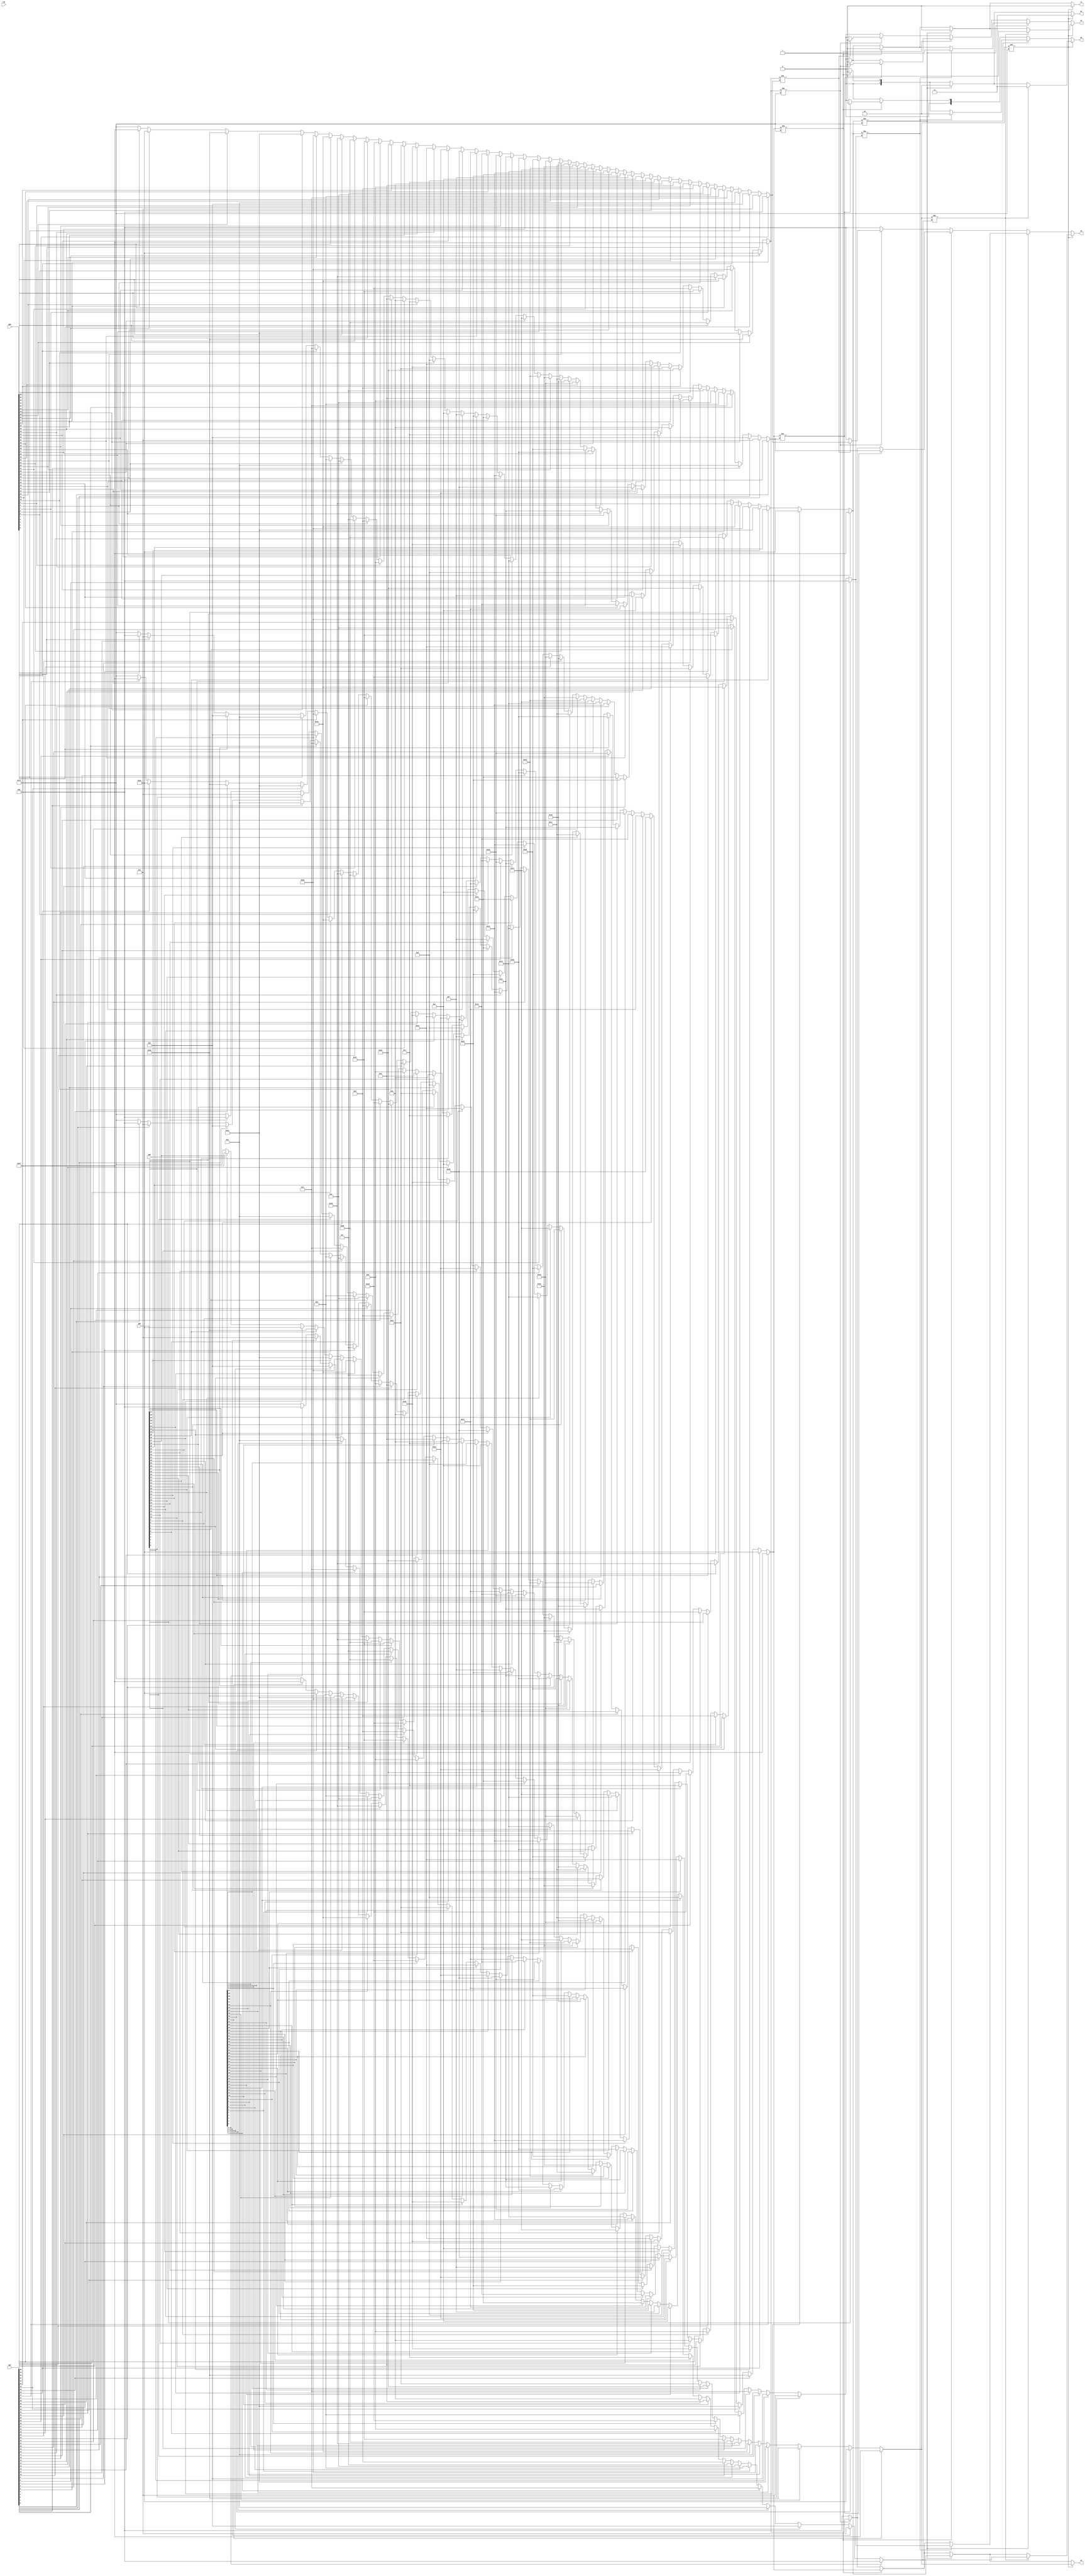
// This  Verilog HDL  source  file was  automatically generated
// by C++ model based on VPP library. Modification of this file
// is possible, but if you want to keep it in sync with the C++
// model,  please  modify  the model and re-generate this file.
// VPP library web-page: http://www.phys.ufl.edu/~madorsky/vpp/

// Timestamp : Tue Apr 19 16:45:22 2022

module collider
(
    qp0,
    qp1,
    qp2,
    qp3,
    w1,
    w2,
    q1,
    q2,
    v1,
    v2,
    clk
);

    input [47:0] qp0;
    input [47:0] qp1;
    input [47:0] qp2;
    input [47:0] qp3;
    output [6:0] w1;
    reg    [6:0] w1;
    output [6:0] w2;
    reg    [6:0] w2;
    output [1:0] q1;
    reg    [1:0] q1;
    output [1:0] q2;
    reg    [1:0] q2;
    output v1;
    reg    v1;
    output v2;
    reg    v2;
    input clk;

    reg [6:0] n3_1;
    reg [6:0] n3_2;
    reg [6:0] n2_1;
    reg [6:0] n2_2;
    reg [6:0] n1_1;
    reg [6:0] n1_2;
    reg [6:0] n0_1;
    reg [6:0] n0_2;
    always @(qp0 or qp1 or qp2 or qp3) 
    begin
        n3_1 = 7'h7f;
        n2_1 = 7'h7f;
        n1_1 = 7'h7f;
        n0_1 = 7'h7f;
        if (qp3[0]) n3_1 = 0;
        if (qp2[0]) n2_1 = 0;
        if (qp1[0]) n1_1 = 0;
        if (qp0[0]) n0_1 = 0;
        if (qp3[1]) n3_1 = 1;
        if (qp2[1]) n2_1 = 1;
        if (qp1[1]) n1_1 = 1;
        if (qp0[1]) n0_1 = 1;
        if (qp3[2]) n3_1 = 2;
        if (qp2[2]) n2_1 = 2;
        if (qp1[2]) n1_1 = 2;
        if (qp0[2]) n0_1 = 2;
        if (qp3[3]) n3_1 = 3;
        if (qp2[3]) n2_1 = 3;
        if (qp1[3]) n1_1 = 3;
        if (qp0[3]) n0_1 = 3;
        if (qp3[4]) n3_1 = 4;
        if (qp2[4]) n2_1 = 4;
        if (qp1[4]) n1_1 = 4;
        if (qp0[4]) n0_1 = 4;
        if (qp3[5]) n3_1 = 5;
        if (qp2[5]) n2_1 = 5;
        if (qp1[5]) n1_1 = 5;
        if (qp0[5]) n0_1 = 5;
        if (qp3[6]) n3_1 = 6;
        if (qp2[6]) n2_1 = 6;
        if (qp1[6]) n1_1 = 6;
        if (qp0[6]) n0_1 = 6;
        if (qp3[7]) n3_1 = 7;
        if (qp2[7]) n2_1 = 7;
        if (qp1[7]) n1_1 = 7;
        if (qp0[7]) n0_1 = 7;
        if (qp3[8]) n3_1 = 8;
        if (qp2[8]) n2_1 = 8;
        if (qp1[8]) n1_1 = 8;
        if (qp0[8]) n0_1 = 8;
        if (qp3[9]) n3_1 = 9;
        if (qp2[9]) n2_1 = 9;
        if (qp1[9]) n1_1 = 9;
        if (qp0[9]) n0_1 = 9;
        if (qp3[10]) n3_1 = 10;
        if (qp2[10]) n2_1 = 10;
        if (qp1[10]) n1_1 = 10;
        if (qp0[10]) n0_1 = 10;
        if (qp3[11]) n3_1 = 11;
        if (qp2[11]) n2_1 = 11;
        if (qp1[11]) n1_1 = 11;
        if (qp0[11]) n0_1 = 11;
        if (qp3[12]) n3_1 = 12;
        if (qp2[12]) n2_1 = 12;
        if (qp1[12]) n1_1 = 12;
        if (qp0[12]) n0_1 = 12;
        if (qp3[13]) n3_1 = 13;
        if (qp2[13]) n2_1 = 13;
        if (qp1[13]) n1_1 = 13;
        if (qp0[13]) n0_1 = 13;
        if (qp3[14]) n3_1 = 14;
        if (qp2[14]) n2_1 = 14;
        if (qp1[14]) n1_1 = 14;
        if (qp0[14]) n0_1 = 14;
        if (qp3[15]) n3_1 = 15;
        if (qp2[15]) n2_1 = 15;
        if (qp1[15]) n1_1 = 15;
        if (qp0[15]) n0_1 = 15;
        if (qp3[16]) n3_1 = 16;
        if (qp2[16]) n2_1 = 16;
        if (qp1[16]) n1_1 = 16;
        if (qp0[16]) n0_1 = 16;
        if (qp3[17]) n3_1 = 17;
        if (qp2[17]) n2_1 = 17;
        if (qp1[17]) n1_1 = 17;
        if (qp0[17]) n0_1 = 17;
        if (qp3[18]) n3_1 = 18;
        if (qp2[18]) n2_1 = 18;
        if (qp1[18]) n1_1 = 18;
        if (qp0[18]) n0_1 = 18;
        if (qp3[19]) n3_1 = 19;
        if (qp2[19]) n2_1 = 19;
        if (qp1[19]) n1_1 = 19;
        if (qp0[19]) n0_1 = 19;
        if (qp3[20]) n3_1 = 20;
        if (qp2[20]) n2_1 = 20;
        if (qp1[20]) n1_1 = 20;
        if (qp0[20]) n0_1 = 20;
        if (qp3[21]) n3_1 = 21;
        if (qp2[21]) n2_1 = 21;
        if (qp1[21]) n1_1 = 21;
        if (qp0[21]) n0_1 = 21;
        if (qp3[22]) n3_1 = 22;
        if (qp2[22]) n2_1 = 22;
        if (qp1[22]) n1_1 = 22;
        if (qp0[22]) n0_1 = 22;
        if (qp3[23]) n3_1 = 23;
        if (qp2[23]) n2_1 = 23;
        if (qp1[23]) n1_1 = 23;
        if (qp0[23]) n0_1 = 23;
        if (qp3[24]) n3_1 = 24;
        if (qp2[24]) n2_1 = 24;
        if (qp1[24]) n1_1 = 24;
        if (qp0[24]) n0_1 = 24;
        if (qp3[25]) n3_1 = 25;
        if (qp2[25]) n2_1 = 25;
        if (qp1[25]) n1_1 = 25;
        if (qp0[25]) n0_1 = 25;
        if (qp3[26]) n3_1 = 26;
        if (qp2[26]) n2_1 = 26;
        if (qp1[26]) n1_1 = 26;
        if (qp0[26]) n0_1 = 26;
        if (qp3[27]) n3_1 = 27;
        if (qp2[27]) n2_1 = 27;
        if (qp1[27]) n1_1 = 27;
        if (qp0[27]) n0_1 = 27;
        if (qp3[28]) n3_1 = 28;
        if (qp2[28]) n2_1 = 28;
        if (qp1[28]) n1_1 = 28;
        if (qp0[28]) n0_1 = 28;
        if (qp3[29]) n3_1 = 29;
        if (qp2[29]) n2_1 = 29;
        if (qp1[29]) n1_1 = 29;
        if (qp0[29]) n0_1 = 29;
        if (qp3[30]) n3_1 = 30;
        if (qp2[30]) n2_1 = 30;
        if (qp1[30]) n1_1 = 30;
        if (qp0[30]) n0_1 = 30;
        if (qp3[31]) n3_1 = 31;
        if (qp2[31]) n2_1 = 31;
        if (qp1[31]) n1_1 = 31;
        if (qp0[31]) n0_1 = 31;
        if (qp3[32]) n3_1 = 32;
        if (qp2[32]) n2_1 = 32;
        if (qp1[32]) n1_1 = 32;
        if (qp0[32]) n0_1 = 32;
        if (qp3[33]) n3_1 = 33;
        if (qp2[33]) n2_1 = 33;
        if (qp1[33]) n1_1 = 33;
        if (qp0[33]) n0_1 = 33;
        if (qp3[34]) n3_1 = 34;
        if (qp2[34]) n2_1 = 34;
        if (qp1[34]) n1_1 = 34;
        if (qp0[34]) n0_1 = 34;
        if (qp3[35]) n3_1 = 35;
        if (qp2[35]) n2_1 = 35;
        if (qp1[35]) n1_1 = 35;
        if (qp0[35]) n0_1 = 35;
        if (qp3[36]) n3_1 = 36;
        if (qp2[36]) n2_1 = 36;
        if (qp1[36]) n1_1 = 36;
        if (qp0[36]) n0_1 = 36;
        if (qp3[37]) n3_1 = 37;
        if (qp2[37]) n2_1 = 37;
        if (qp1[37]) n1_1 = 37;
        if (qp0[37]) n0_1 = 37;
        if (qp3[38]) n3_1 = 38;
        if (qp2[38]) n2_1 = 38;
        if (qp1[38]) n1_1 = 38;
        if (qp0[38]) n0_1 = 38;
        if (qp3[39]) n3_1 = 39;
        if (qp2[39]) n2_1 = 39;
        if (qp1[39]) n1_1 = 39;
        if (qp0[39]) n0_1 = 39;
        if (qp3[40]) n3_1 = 40;
        if (qp2[40]) n2_1 = 40;
        if (qp1[40]) n1_1 = 40;
        if (qp0[40]) n0_1 = 40;
        if (qp3[41]) n3_1 = 41;
        if (qp2[41]) n2_1 = 41;
        if (qp1[41]) n1_1 = 41;
        if (qp0[41]) n0_1 = 41;
        if (qp3[42]) n3_1 = 42;
        if (qp2[42]) n2_1 = 42;
        if (qp1[42]) n1_1 = 42;
        if (qp0[42]) n0_1 = 42;
        if (qp3[43]) n3_1 = 43;
        if (qp2[43]) n2_1 = 43;
        if (qp1[43]) n1_1 = 43;
        if (qp0[43]) n0_1 = 43;
        if (qp3[44]) n3_1 = 44;
        if (qp2[44]) n2_1 = 44;
        if (qp1[44]) n1_1 = 44;
        if (qp0[44]) n0_1 = 44;
        if (qp3[45]) n3_1 = 45;
        if (qp2[45]) n2_1 = 45;
        if (qp1[45]) n1_1 = 45;
        if (qp0[45]) n0_1 = 45;
        if (qp3[46]) n3_1 = 46;
        if (qp2[46]) n2_1 = 46;
        if (qp1[46]) n1_1 = 46;
        if (qp0[46]) n0_1 = 46;
        if (qp3[47]) n3_1 = 47;
        if (qp2[47]) n2_1 = 47;
        if (qp1[47]) n1_1 = 47;
        if (qp0[47]) n0_1 = 47;
        n3_2 = 7'h7f;
        n2_2 = 7'h7f;
        n1_2 = 7'h7f;
        n0_2 = 7'h7f;
        if (qp3[47]) n3_2 = 47;
        if (qp2[47]) n2_2 = 47;
        if (qp1[47]) n1_2 = 47;
        if (qp0[47]) n0_2 = 47;
        if (qp3[46]) n3_2 = 46;
        if (qp2[46]) n2_2 = 46;
        if (qp1[46]) n1_2 = 46;
        if (qp0[46]) n0_2 = 46;
        if (qp3[45]) n3_2 = 45;
        if (qp2[45]) n2_2 = 45;
        if (qp1[45]) n1_2 = 45;
        if (qp0[45]) n0_2 = 45;
        if (qp3[44]) n3_2 = 44;
        if (qp2[44]) n2_2 = 44;
        if (qp1[44]) n1_2 = 44;
        if (qp0[44]) n0_2 = 44;
        if (qp3[43]) n3_2 = 43;
        if (qp2[43]) n2_2 = 43;
        if (qp1[43]) n1_2 = 43;
        if (qp0[43]) n0_2 = 43;
        if (qp3[42]) n3_2 = 42;
        if (qp2[42]) n2_2 = 42;
        if (qp1[42]) n1_2 = 42;
        if (qp0[42]) n0_2 = 42;
        if (qp3[41]) n3_2 = 41;
        if (qp2[41]) n2_2 = 41;
        if (qp1[41]) n1_2 = 41;
        if (qp0[41]) n0_2 = 41;
        if (qp3[40]) n3_2 = 40;
        if (qp2[40]) n2_2 = 40;
        if (qp1[40]) n1_2 = 40;
        if (qp0[40]) n0_2 = 40;
        if (qp3[39]) n3_2 = 39;
        if (qp2[39]) n2_2 = 39;
        if (qp1[39]) n1_2 = 39;
        if (qp0[39]) n0_2 = 39;
        if (qp3[38]) n3_2 = 38;
        if (qp2[38]) n2_2 = 38;
        if (qp1[38]) n1_2 = 38;
        if (qp0[38]) n0_2 = 38;
        if (qp3[37]) n3_2 = 37;
        if (qp2[37]) n2_2 = 37;
        if (qp1[37]) n1_2 = 37;
        if (qp0[37]) n0_2 = 37;
        if (qp3[36]) n3_2 = 36;
        if (qp2[36]) n2_2 = 36;
        if (qp1[36]) n1_2 = 36;
        if (qp0[36]) n0_2 = 36;
        if (qp3[35]) n3_2 = 35;
        if (qp2[35]) n2_2 = 35;
        if (qp1[35]) n1_2 = 35;
        if (qp0[35]) n0_2 = 35;
        if (qp3[34]) n3_2 = 34;
        if (qp2[34]) n2_2 = 34;
        if (qp1[34]) n1_2 = 34;
        if (qp0[34]) n0_2 = 34;
        if (qp3[33]) n3_2 = 33;
        if (qp2[33]) n2_2 = 33;
        if (qp1[33]) n1_2 = 33;
        if (qp0[33]) n0_2 = 33;
        if (qp3[32]) n3_2 = 32;
        if (qp2[32]) n2_2 = 32;
        if (qp1[32]) n1_2 = 32;
        if (qp0[32]) n0_2 = 32;
        if (qp3[31]) n3_2 = 31;
        if (qp2[31]) n2_2 = 31;
        if (qp1[31]) n1_2 = 31;
        if (qp0[31]) n0_2 = 31;
        if (qp3[30]) n3_2 = 30;
        if (qp2[30]) n2_2 = 30;
        if (qp1[30]) n1_2 = 30;
        if (qp0[30]) n0_2 = 30;
        if (qp3[29]) n3_2 = 29;
        if (qp2[29]) n2_2 = 29;
        if (qp1[29]) n1_2 = 29;
        if (qp0[29]) n0_2 = 29;
        if (qp3[28]) n3_2 = 28;
        if (qp2[28]) n2_2 = 28;
        if (qp1[28]) n1_2 = 28;
        if (qp0[28]) n0_2 = 28;
        if (qp3[27]) n3_2 = 27;
        if (qp2[27]) n2_2 = 27;
        if (qp1[27]) n1_2 = 27;
        if (qp0[27]) n0_2 = 27;
        if (qp3[26]) n3_2 = 26;
        if (qp2[26]) n2_2 = 26;
        if (qp1[26]) n1_2 = 26;
        if (qp0[26]) n0_2 = 26;
        if (qp3[25]) n3_2 = 25;
        if (qp2[25]) n2_2 = 25;
        if (qp1[25]) n1_2 = 25;
        if (qp0[25]) n0_2 = 25;
        if (qp3[24]) n3_2 = 24;
        if (qp2[24]) n2_2 = 24;
        if (qp1[24]) n1_2 = 24;
        if (qp0[24]) n0_2 = 24;
        if (qp3[23]) n3_2 = 23;
        if (qp2[23]) n2_2 = 23;
        if (qp1[23]) n1_2 = 23;
        if (qp0[23]) n0_2 = 23;
        if (qp3[22]) n3_2 = 22;
        if (qp2[22]) n2_2 = 22;
        if (qp1[22]) n1_2 = 22;
        if (qp0[22]) n0_2 = 22;
        if (qp3[21]) n3_2 = 21;
        if (qp2[21]) n2_2 = 21;
        if (qp1[21]) n1_2 = 21;
        if (qp0[21]) n0_2 = 21;
        if (qp3[20]) n3_2 = 20;
        if (qp2[20]) n2_2 = 20;
        if (qp1[20]) n1_2 = 20;
        if (qp0[20]) n0_2 = 20;
        if (qp3[19]) n3_2 = 19;
        if (qp2[19]) n2_2 = 19;
        if (qp1[19]) n1_2 = 19;
        if (qp0[19]) n0_2 = 19;
        if (qp3[18]) n3_2 = 18;
        if (qp2[18]) n2_2 = 18;
        if (qp1[18]) n1_2 = 18;
        if (qp0[18]) n0_2 = 18;
        if (qp3[17]) n3_2 = 17;
        if (qp2[17]) n2_2 = 17;
        if (qp1[17]) n1_2 = 17;
        if (qp0[17]) n0_2 = 17;
        if (qp3[16]) n3_2 = 16;
        if (qp2[16]) n2_2 = 16;
        if (qp1[16]) n1_2 = 16;
        if (qp0[16]) n0_2 = 16;
        if (qp3[15]) n3_2 = 15;
        if (qp2[15]) n2_2 = 15;
        if (qp1[15]) n1_2 = 15;
        if (qp0[15]) n0_2 = 15;
        if (qp3[14]) n3_2 = 14;
        if (qp2[14]) n2_2 = 14;
        if (qp1[14]) n1_2 = 14;
        if (qp0[14]) n0_2 = 14;
        if (qp3[13]) n3_2 = 13;
        if (qp2[13]) n2_2 = 13;
        if (qp1[13]) n1_2 = 13;
        if (qp0[13]) n0_2 = 13;
        if (qp3[12]) n3_2 = 12;
        if (qp2[12]) n2_2 = 12;
        if (qp1[12]) n1_2 = 12;
        if (qp0[12]) n0_2 = 12;
        if (qp3[11]) n3_2 = 11;
        if (qp2[11]) n2_2 = 11;
        if (qp1[11]) n1_2 = 11;
        if (qp0[11]) n0_2 = 11;
        if (qp3[10]) n3_2 = 10;
        if (qp2[10]) n2_2 = 10;
        if (qp1[10]) n1_2 = 10;
        if (qp0[10]) n0_2 = 10;
        if (qp3[9]) n3_2 = 9;
        if (qp2[9]) n2_2 = 9;
        if (qp1[9]) n1_2 = 9;
        if (qp0[9]) n0_2 = 9;
        if (qp3[8]) n3_2 = 8;
        if (qp2[8]) n2_2 = 8;
        if (qp1[8]) n1_2 = 8;
        if (qp0[8]) n0_2 = 8;
        if (qp3[7]) n3_2 = 7;
        if (qp2[7]) n2_2 = 7;
        if (qp1[7]) n1_2 = 7;
        if (qp0[7]) n0_2 = 7;
        if (qp3[6]) n3_2 = 6;
        if (qp2[6]) n2_2 = 6;
        if (qp1[6]) n1_2 = 6;
        if (qp0[6]) n0_2 = 6;
        if (qp3[5]) n3_2 = 5;
        if (qp2[5]) n2_2 = 5;
        if (qp1[5]) n1_2 = 5;
        if (qp0[5]) n0_2 = 5;
        if (qp3[4]) n3_2 = 4;
        if (qp2[4]) n2_2 = 4;
        if (qp1[4]) n1_2 = 4;
        if (qp0[4]) n0_2 = 4;
        if (qp3[3]) n3_2 = 3;
        if (qp2[3]) n2_2 = 3;
        if (qp1[3]) n1_2 = 3;
        if (qp0[3]) n0_2 = 3;
        if (qp3[2]) n3_2 = 2;
        if (qp2[2]) n2_2 = 2;
        if (qp1[2]) n1_2 = 2;
        if (qp0[2]) n0_2 = 2;
        if (qp3[1]) n3_2 = 1;
        if (qp2[1]) n2_2 = 1;
        if (qp1[1]) n1_2 = 1;
        if (qp0[1]) n0_2 = 1;
        if (qp3[0]) n3_2 = 0;
        if (qp2[0]) n2_2 = 0;
        if (qp1[0]) n1_2 = 0;
        if (qp0[0]) n0_2 = 0;
        q1 = 0;
        q2 = 0;
        w1 = 0;
        w2 = 0;
        v1 = 0;
        v2 = 0;
        if (n3_1 != 7'h7f) 
        begin
            w1 = n3_1;
            q1 = 3;
            v1 = 1;
            if (n3_1 != n3_2) 
            begin
                w2 = n3_2;
                q2 = 3;
                v2 = 1;
            end
            else if (n2_1 != 7'h7f) 
            begin
                w2 = n2_1;
                q2 = 2;
                v2 = 1;
            end
            else if (n1_1 != 7'h7f) 
            begin
                w2 = n1_1;
                q2 = 1;
                v2 = 1;
            end
            else if (n0_1 != 7'h7f) 
            begin
                w2 = n0_1;
                q2 = 0;
                v2 = 1;
            end
        end
        else 
        begin
            if (n2_1 != 7'h7f) 
            begin
                w1 = n2_1;
                q1 = 2;
                v1 = 1;
                if (n2_1 != n2_2) 
                begin
                    w2 = n2_2;
                    q2 = 2;
                    v2 = 1;
                end
                else if (n1_1 != 7'h7f) 
                begin
                    w2 = n1_1;
                    q2 = 1;
                    v2 = 1;
                end
                else if (n0_1 != 7'h7f) 
                begin
                    w2 = n0_1;
                    q2 = 0;
                    v2 = 1;
                end
            end
            else 
            begin
                if (n1_1 != 7'h7f) 
                begin
                    w1 = n1_1;
                    q1 = 1;
                    v1 = 1;
                    if (n1_1 != n1_2) 
                    begin
                        w2 = n1_2;
                        q2 = 1;
                        v2 = 1;
                    end
                    else if (n0_1 != 7'h7f) 
                    begin
                        w2 = n0_1;
                        q2 = 0;
                        v2 = 1;
                    end
                end
                else 
                begin
                    if (n0_1 != 7'h7f) 
                    begin
                        w1 = n0_1;
                        q1 = 0;
                        v1 = 1;
                        if (n0_1 != n0_2) 
                        begin
                            w2 = n0_2;
                            q2 = 0;
                            v2 = 1;
                        end
                    end
                end
            end
        end
    end
endmodule